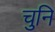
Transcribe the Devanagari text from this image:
चुनि